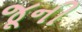
જૂની